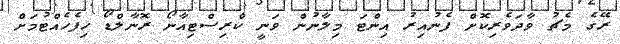
ރޭގެ މެޗު ވާދަވެރިކޮށް ފެނުއިރު އިންޓަ މިލާނުން ވަނީ ކްރިސްޓިއާނޯ ރޮނާލްޑޯ ހިފެހެއްޓުމަށް